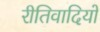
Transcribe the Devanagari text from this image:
रीतिवादियों